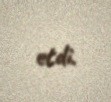
etdi.